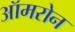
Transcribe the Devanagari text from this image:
ऑमरोन